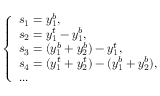
\left\{ \begin{array} { l l } { s _ { 1 } = y _ { 1 } ^ { b } , } \\ { s _ { 2 } = y _ { 1 } ^ { t } - y _ { 1 } ^ { b } , } \\ { s _ { 3 } = ( y _ { 1 } ^ { b } + y _ { 2 } ^ { b } ) - y _ { 1 } ^ { t } , } \\ { s _ { 4 } = ( y _ { 1 } ^ { t } + y _ { 2 } ^ { t } ) - ( y _ { 1 } ^ { b } + y _ { 2 } ^ { b } ) , } \\ { . . . } \end{array} \right.